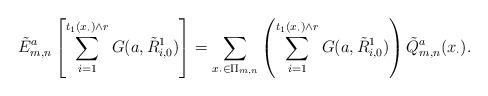
LaTeX: \begin{align*}\tilde{E}^a_{m,n}\left[\sum_{i=1}^{t_1(x_{\cdot})\wedge r}G(a,\tilde{R}^1_{i,0})\right]=\sum_{x_{\cdot}\in \Pi_{m,n}}\left(\sum_{i=1}^{t_1(x_{\cdot})\wedge r}G(a,\tilde{R}^1_{i,0})\right)\tilde{Q}_{m,n}^a(x_{\cdot}).\end{align*}